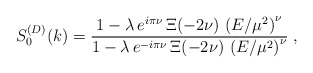
\begin{align*}S^{(D)}_{0}(k)=\frac{1 - \lambda \, e^{i \pi \nu} \, \Xi (-2 \nu) \, \left(E/\mu^{2}\right)^{\nu}}{1 - \lambda \, e^{-i \pi \nu}\, \Xi (-2 \nu) \,\left(E/\mu^{2}\right)^{\nu}}\; ,\end{align*}